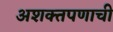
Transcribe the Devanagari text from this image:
अशक्तपणाची